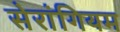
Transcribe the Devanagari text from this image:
सेरांगियम